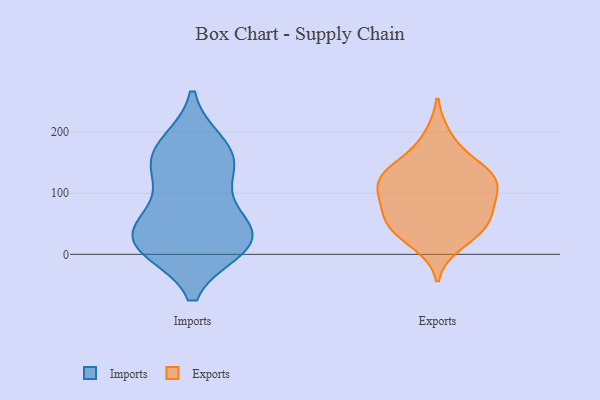
{"axis": {"x": "Active Users", "y": "Value"}, "legend": ["Exports", "Imports"], "data": [{"x": "", "y": 143, "type": "Imports"}, {"x": "", "y": 27, "type": "Imports"}, {"x": "", "y": 52, "type": "Imports"}, {"x": "", "y": 10, "type": "Imports"}, {"x": "", "y": 16, "type": "Imports"}, {"x": "", "y": 79, "type": "Imports"}, {"x": "", "y": 13, "type": "Imports"}, {"x": "", "y": 178, "type": "Imports"}, {"x": "", "y": 15, "type": "Imports"}, {"x": "", "y": 181, "type": "Imports"}, {"x": "", "y": 46, "type": "Imports"}, {"x": "", "y": 148, "type": "Imports"}, {"x": "", "y": 140, "type": "Imports"}, {"x": "", "y": 50, "type": "Exports"}, {"x": "", "y": 17, "type": "Exports"}, {"x": "", "y": 38, "type": "Exports"}, {"x": "", "y": 88, "type": "Exports"}, {"x": "", "y": 135, "type": "Exports"}, {"x": "", "y": 118, "type": "Exports"}, {"x": "", "y": 78, "type": "Exports"}, {"x": "", "y": 42, "type": "Exports"}, {"x": "", "y": 57, "type": "Exports"}, {"x": "", "y": 133, "type": "Exports"}, {"x": "", "y": 194, "type": "Exports"}, {"x": "", "y": 155, "type": "Exports"}, {"x": "", "y": 117, "type": "Exports"}, {"x": "", "y": 92, "type": "Exports"}, {"x": "", "y": 123, "type": "Exports"}]}